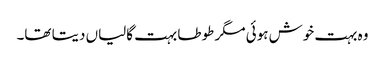
وہ بہت خوش ہوئی مگر طوطا بہت گالیاں دیتا تھا۔